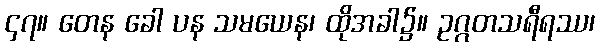
၄၇။ တေန ခေါ ပန သမယေန၊ ထိုအခါ၌။ ဥဂ္ဂတသရီရဿ၊